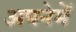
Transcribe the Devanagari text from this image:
अपनेमेँ